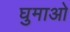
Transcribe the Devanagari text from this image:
घुमाओ